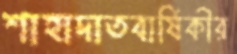
শাহাদাতবার্ষিকীর